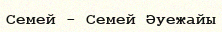
Семей - Семей Әуежайы